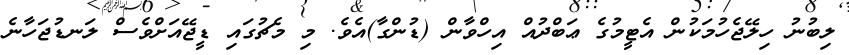
ލިބުނު ހިލޭޖެހުމަކުން އެޓީމުގެ ޢަބްދުއް އިހްވާން (ޑުންގާ)އެވެ. މި މެޗުގައި ޑީޖޭއަށްވެސް ލަނޑުޖަހާނެ